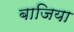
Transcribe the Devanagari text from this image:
बाजिया